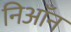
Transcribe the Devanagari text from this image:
निआँन